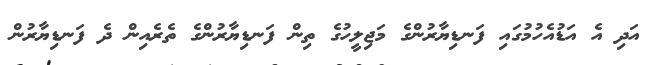
އަދި އެ އަޑުއެހުމުގައި ފަނޑިޔާރުންގެ މަޖިލީހުގެ ތިން ފަނޑިޔާރުންގެ ތެރެއިން ދެ ފަނޑިޔާރުން